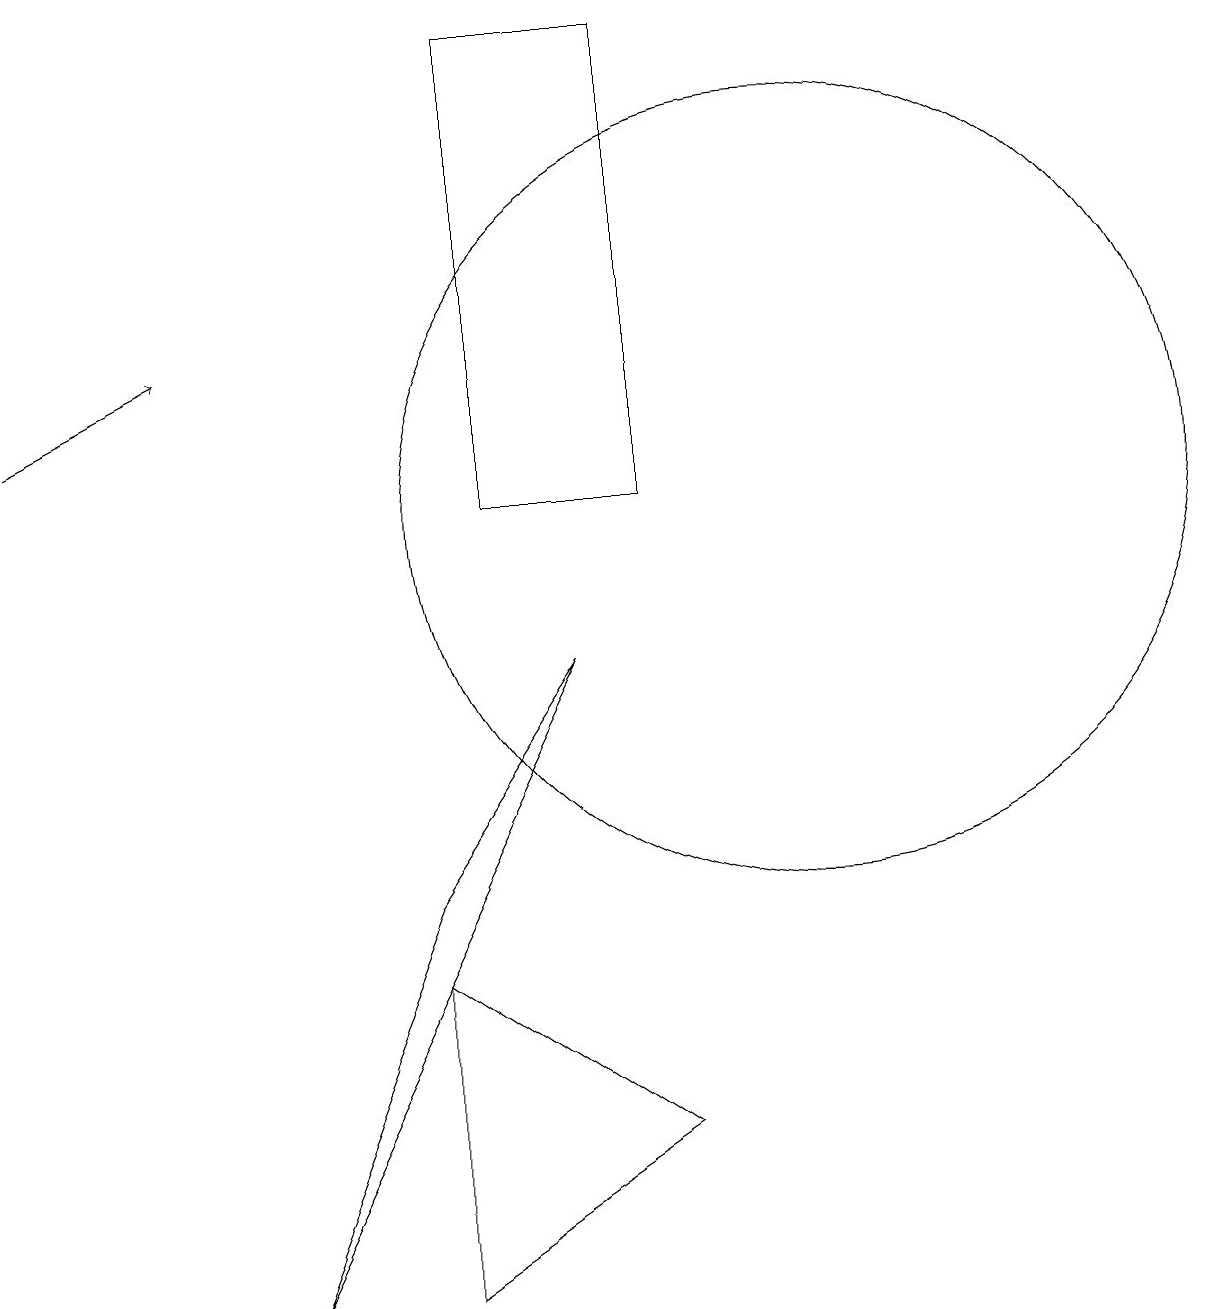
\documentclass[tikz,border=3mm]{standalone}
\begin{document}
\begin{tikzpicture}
\draw (6,5) -- (6,1) -- (9,3) -- cycle;
\draw (6,6) -- (8,9) -- (4,1) -- cycle;
\draw (7,17) rectangle (9,11);
\draw[->] (1,12) -- (3,13);
\draw (11,11) circle (5);
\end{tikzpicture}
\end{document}